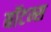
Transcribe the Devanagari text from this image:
बॉटम्स